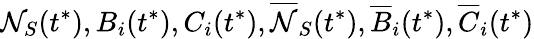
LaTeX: \mathcal{N}_{S}(t^{*}),B_{i}(t^{*}),C_{i}(t^{*}),\overline{{{\mathcal{N}}}}_{S}(t^{*}),\overline{{{B}}}_{i}(t^{*}),\overline{{{C}}}_{i}(t^{*})